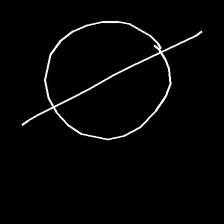
Glyph: orb